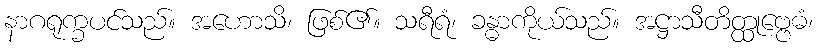
နာဂရုက္ခပင်သည်။ အဟောသိ၊ ဖြစ်၏။ သရီရံ၊ ခန္ဓာကိုယ်သည်။ အဋ္ဌာသီတိတ္ထုဗ္ဗေဓံ၊